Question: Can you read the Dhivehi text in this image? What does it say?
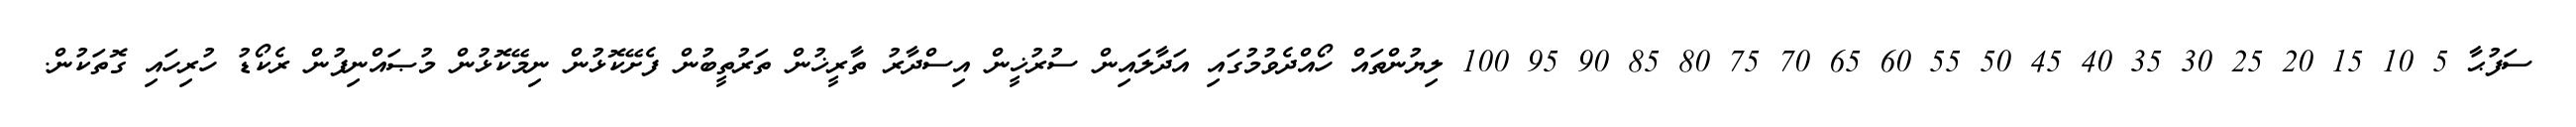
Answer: ސަފުޙާ 5 10 15 20 25 30 35 40 45 50 55 60 65 70 75 80 85 90 95 100 ލިޔުންތައް ހޯއްދެވުމުގައި އަދާލައިން ސުރުޚީން އިސްދާރު ތާރީޚުން ތަރުތީބުން ފެށޭކޮޅުން ނިމޭކޮޅުން މުޞައްނިފުން ރެކޯޑު ހުރިހައި ގޮތަކުން.